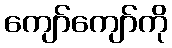
ကျော်ကျော်ကို